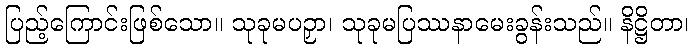
ပြည့်ကြောင်းဖြစ်သော။ သုခုမပဉှာ၊ သုခုမပြဿနာမေးခွန်းသည်။ နိဋ္ဌိတာ၊